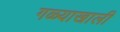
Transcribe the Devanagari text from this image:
गळ्याखाली